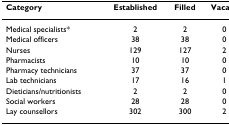
| Category | Established | Filled | Vacant |
 | --- | --- | --- | --- |
 | Medical specialists* | 2 | 2 | 0 |
 | Medical officers | 38 | 38 | 0 |
 | Nurses | 129 | 127 | 2 |
 | Pharmacists | 10 | 10 | 0 |
 | Pharmacy technicians | 37 | 37 | 0 |
 | Lab technicians | 17 | 16 | 1 |
 | Dieticians/nutritionists | 2 | 2 | 0 |
 | Social workers | 28 | 28 | 0 |
 | Lay counsellors | 302 | 300 | 2 |